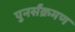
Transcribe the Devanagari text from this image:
पुनर्संक्रमण